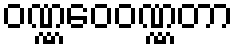
ဝဏ္ဏဝေဝဏ္ဏတာ